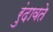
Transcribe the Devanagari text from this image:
रुंदावते